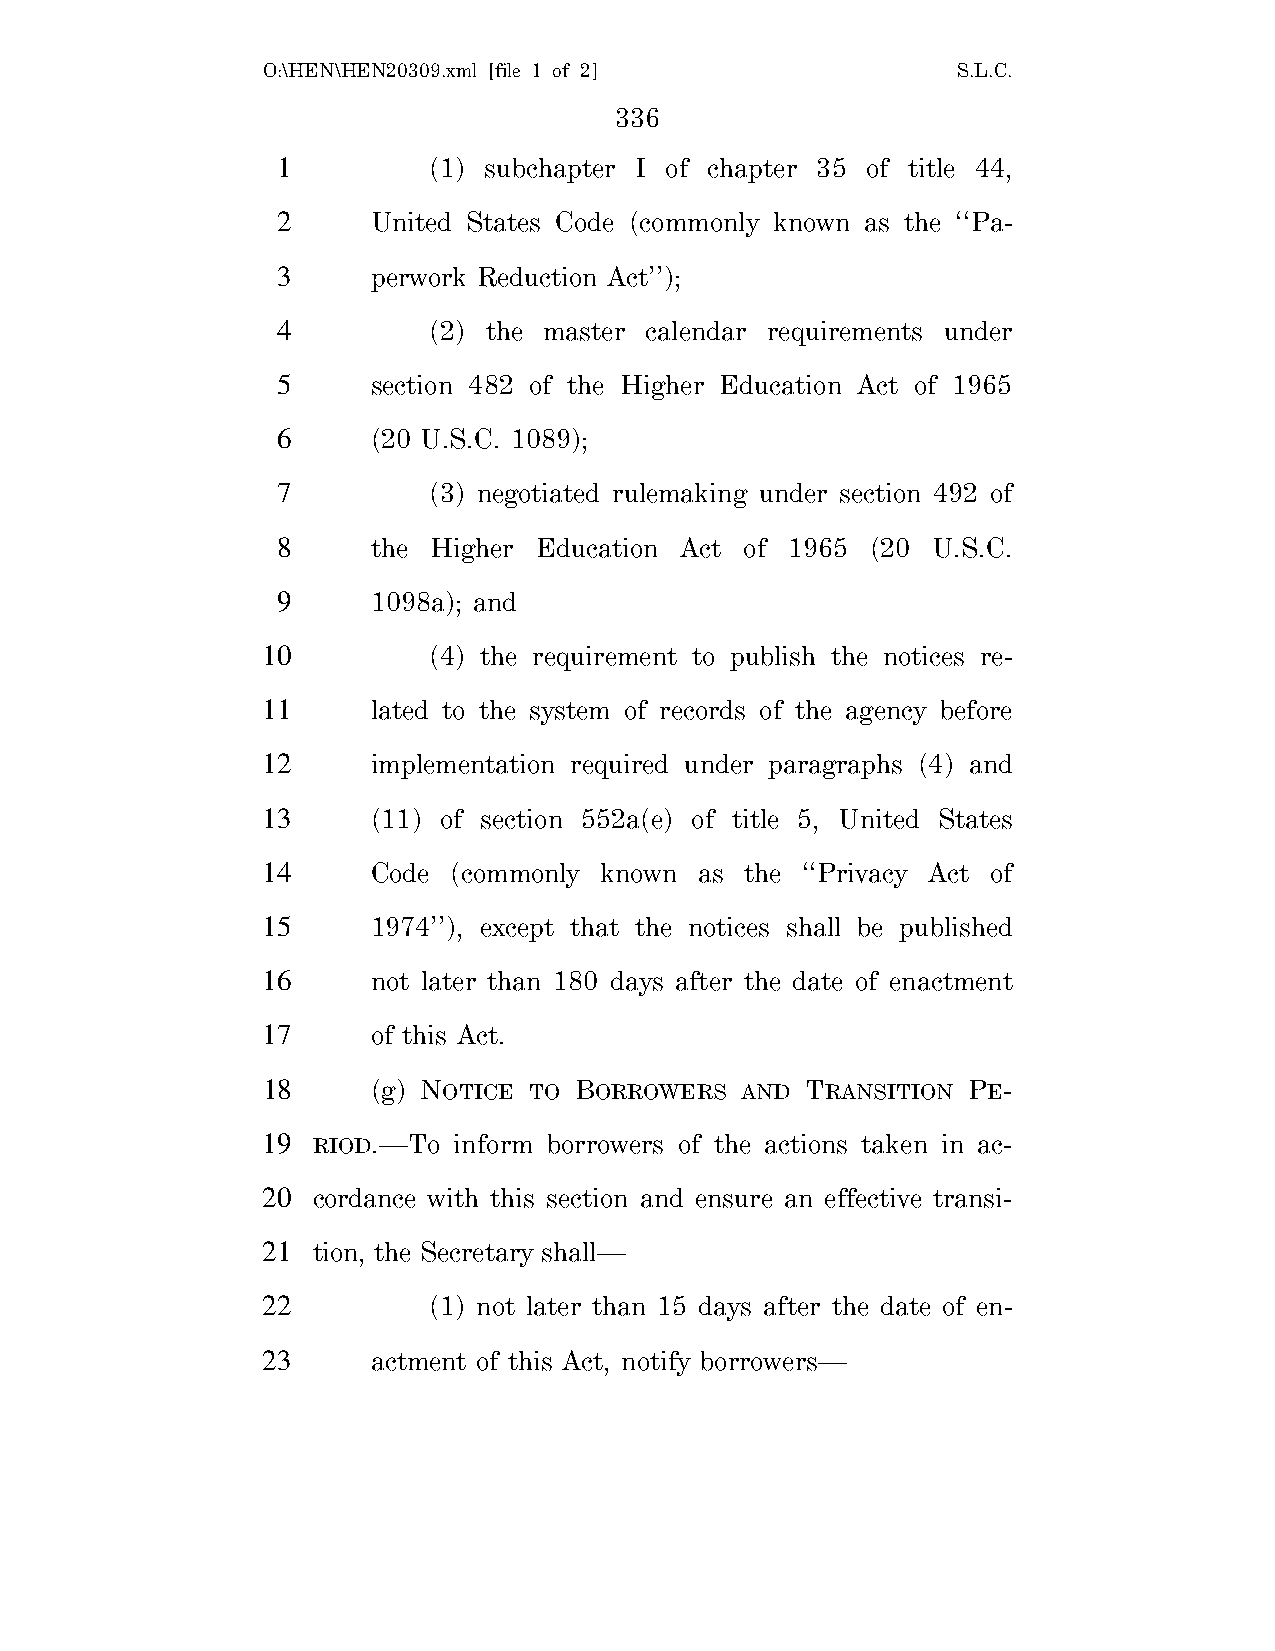
O:\HEN\HEN20309.xml [file 1 of 2]             S.L.C.
 336
 1         (1) subchapter I of chapter 35 of title 44,
 2      United States Code (commonly known as the ‘‘Pa-
 3      perwork Reduction Act’’);
 4         (2) the master calendar requirements under
 5      section 482 of the Higher Education Act of 1965
 6      (20 U.S.C. 1089);
 7         (3) negotiated rulemaking under section 492 of
 8      the Higher Education Act of 1965 (20 U.S.C.
 9      1098a); and
 10         (4) the requirement to publish the notices re-
 11      lated to the system of records of the agency before
 12      implementation required under paragraphs (4) and
 13      (11) of section 552a(e) of title 5, United States
 14      Code (commonly known as the ‘‘Privacy Act of
 15      1974’’), except that the notices shall be published
 16      not later than 180 days after the date of enactment
 17      of this Act.
 18      (g) NOTICE TO BORROWERS AND TRANSITION PE-
 19  RIOD.—To inform borrowers of the actions taken in ac-
 20  cordance with this section and ensure an effective transi-
 21  tion, the Secretary shall—
 22         (1) not later than 15 days after the date of en-
 23      actment of this Act, notify borrowers—